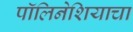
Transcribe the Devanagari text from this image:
पॉलिनेशियाचा